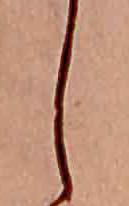
し